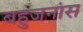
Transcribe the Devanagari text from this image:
बहुजनांस